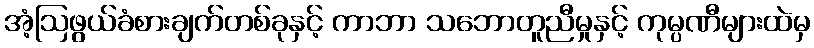
အံ့ဩဖွယ်ခံစားချက်တစ်ခုနှင့် ကာဘာ သဘောတူညီမှုနှင့် ကုမ္ပဏီများထဲမှ